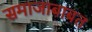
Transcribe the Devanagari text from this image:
समाजाबाबत